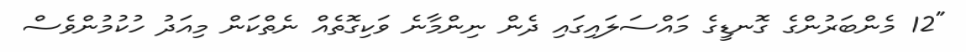
"12 މެންބަރުންގެ ގޮނޑީގެ މައްސަލައިގައި ދެން ނިންމާނެ ވަކިގޮތެއް ނެތްކަން މިއަދު ހުކުމުންވެސް